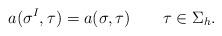
LaTeX: \begin{align*}a(\mathbf \sigma^I,\mathbf\tau) = a(\mathbf\sigma,\mathbf\tau)\qquad\mathbf\tau\in\Sigma_h.\end{align*}